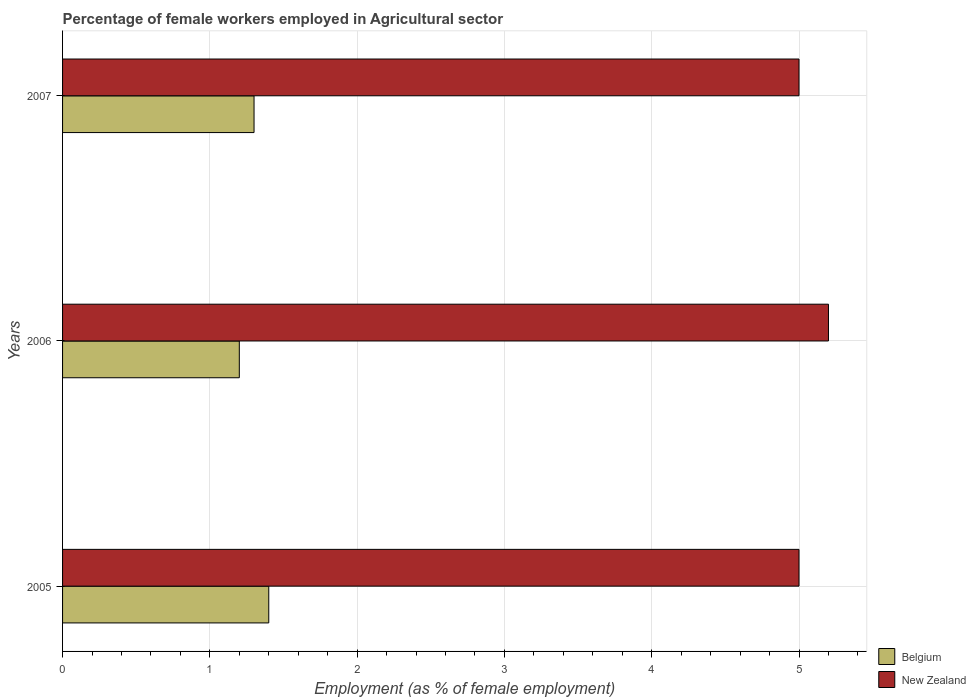
| Years | Belgium | New Zealand |
 | --- | --- | --- |
 | 2005 | 1.4 | 5 |
 | 2006 | 1.2 | 5.2 |
 | 2007 | 1.3 | 5 |